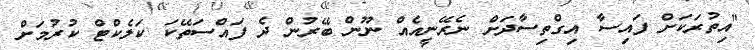
"އިތުރަކަށް ފައިސާ އިގްތިސާދަށް ނެރޭނީއެއް ނޫން ބޭރުން ދެ ފައްސަތޭކަ ކަލެކްޓް ކުރުމަށް